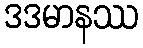
ဒဒမာနဿ